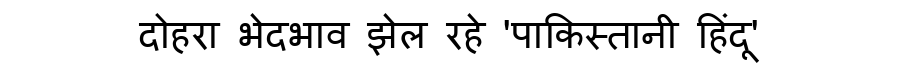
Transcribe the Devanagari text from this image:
दोहरा भेदभाव झेल रहे 'पाकिस्तानी हिंदू'